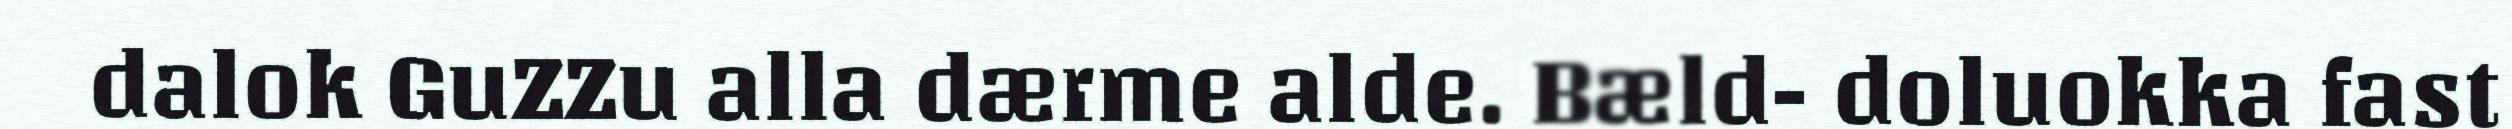
dalok GuZZu alla dærme alde. Bæld- doluokka fast